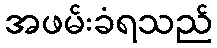
အဖမ်းခံရသည်